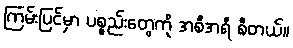
ကြမ်းပြင်မှာ ပစ္စည်းတွေကို အစီအရီ စီတယ်။